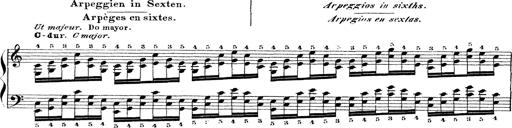
Title: Technische Studien
Composer: Franz Liszt